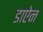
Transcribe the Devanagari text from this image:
डाऐन